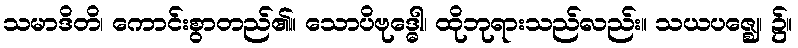
သမာဒိတိ၊ ကောင်းစွာတည်၏။ သောပိဗုဒ္ဓေါ၊ ထိုဘုရားသည်လည်း။ သယပဇ္ဈေ၊ ၌။